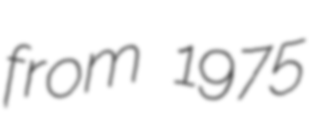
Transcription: from 1975